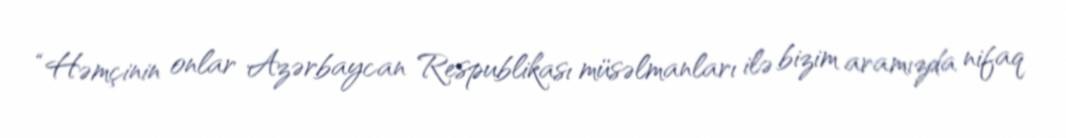
“Həmçinin onlar Azərbaycan Respublikası müsəlmanları ilə bizim aramızda nifaq